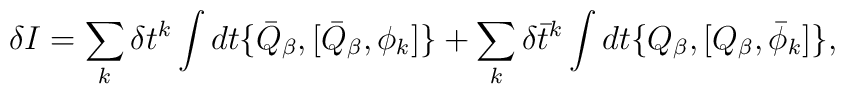
\delta I = \sum_k  \delta      t^k \int dt           \{\bar Q_{\beta},[\bar Q_{\beta},\phi_k]\}         + \sum_k  \delta \bar t^k \int dt           \{     Q_{\beta},[     Q_{\beta},\bar\phi_k]\},